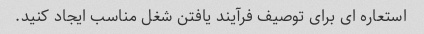
استعاره ای برای توصیف فرآیند یافتن شغل مناسب ایجاد کنید.